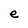
Character: e